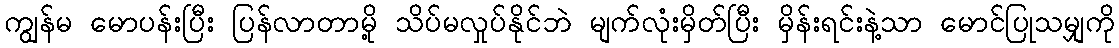
ကျွန်မ မောပန်းပြီး ပြန်လာတာမို့ သိပ်မလှုပ်နိုင်ဘဲ မျက်လုံးမှိတ်ပြီး မှိန်းရင်းနဲ့သာ မောင်ပြုသမျှကို